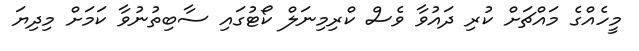
މީހެއްގެ މައްޗަށް ކުރި ދައުވާ ވެސް ކްރިމިނަލް ކޯޓުގައި ސާބިތުނުވާ ކަމަށް މިދިޔަ